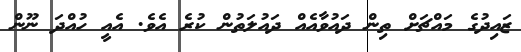
ޒައިދުގެ މައްޗަށް ތިން ދައުވާއެއް ދައުލަތުން ކުރެ އެވެ. އެއީ ހުއްދަ ނޫން